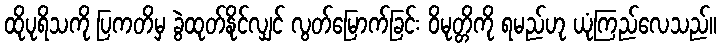
ထိုပုရိသကို ပြကတိမှ ခွဲထုတ်နိုင်လျှင် လွတ်မြောက်ခြင်း ဝိမုတ္တိကို ရမည်ဟု ယုံကြည်လေသည်။